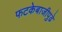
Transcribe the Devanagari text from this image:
फटकेबाजीपुढे